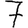
Digit: 7